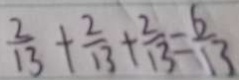
\frac { 2 } { 1 3 } + \frac { 2 } { 1 3 } + \frac { 2 } { 1 3 } = \frac { 6 } { 1 3 }